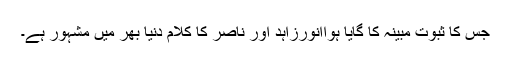
جس کا ثبوت مبینہ کا گایا ہواانورزاہد اور ناصر کا کلام دنیا بھر میں مشہور ہے۔